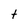
Character: t